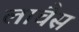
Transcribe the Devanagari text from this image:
लाचैस